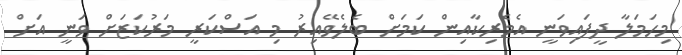
މިހަމަލާ ދީފައިވަނީ އެމެރިކާއިން ކަމަށް ބެލެވޭއިރު މި އަސްކަރީ މަރުކަޒަށް ވަނީ އަށް